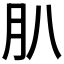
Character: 𦘩